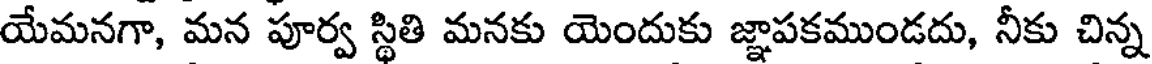
యేమనగా, మన పూర్వ స్థితి మనకు యెందుకు జ్ఞాపకముండదు, నీకు చిన్న